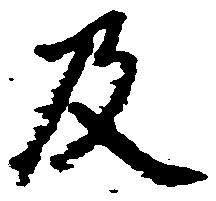
及